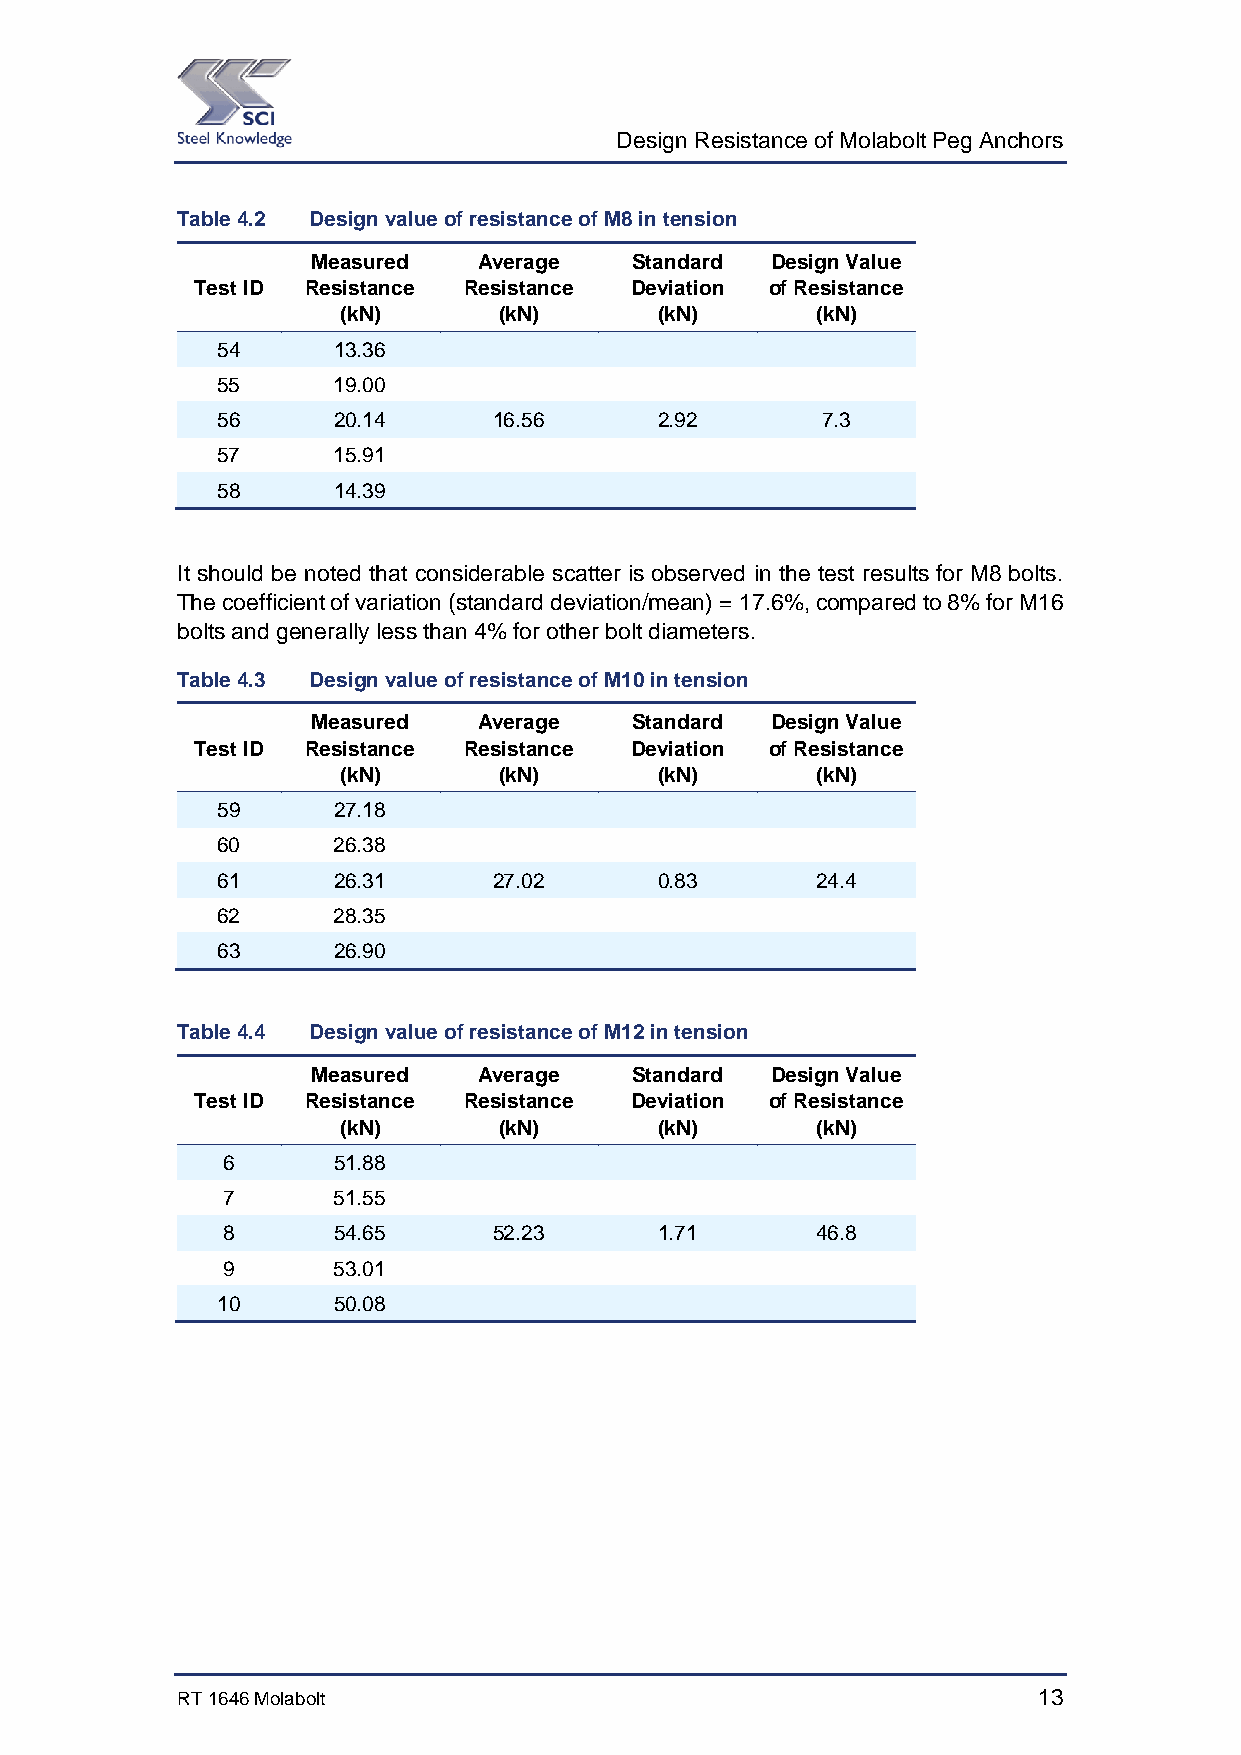
Design Resistance of Molabolt Peg Anchors
 Table 4.2 Design value of resistance of M8 in tension
 Measured   Average   Standard Design Value
 Test ID Resistance Resistance Deviation of Resistance
 (kN)       (kN)      (kN)       (kN)
 54      13.36
 55      19.00
 56      20.14      16.56     2.92       7.3
 57      15.91
 58      14.39
 It should be noted that considerable scatter is observed in the test results for M8 bolts.
 The coefficient of variation (standard deviation/mean) = 17.6%, compared to 8% for M16
 bolts and generally less than 4% for other bolt diameters.
 Table 4.3 Design value of resistance of M10 in tension
 Measured   Average   Standard Design Value
 Test ID Resistance Resistance Deviation of Resistance
 (kN)       (kN)      (kN)       (kN)
 59      27.18
 60      26.38
 61      26.31      27.02     0.83       24.4
 62      28.35
 63      26.90
 Table 4.4 Design value of resistance of M12 in tension
 Measured   Average   Standard Design Value
 Test ID Resistance Resistance Deviation of Resistance
 (kN)       (kN)      (kN)       (kN)
 6      51.88
 7      51.55
 8      54.65      52.23     1.71       46.8
 9      53.01
 10      50.08
 RT 1646 Molabolt                                         13